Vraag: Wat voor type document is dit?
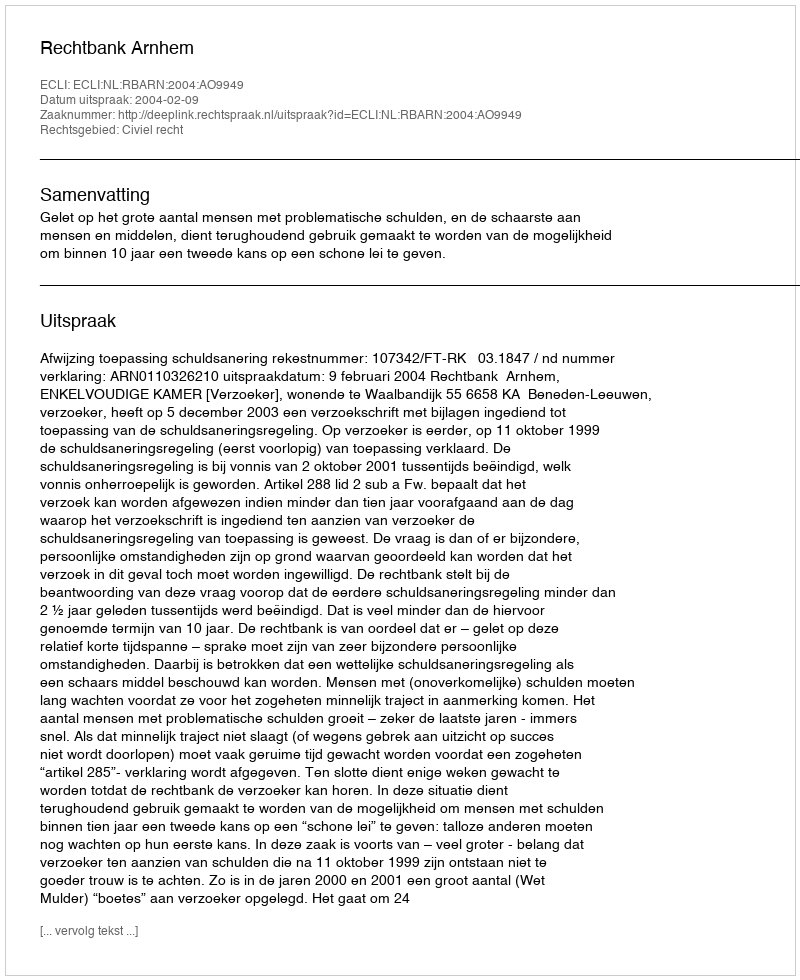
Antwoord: Uitspraak